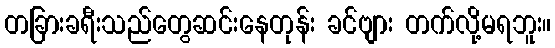
တခြားခရီးသည်တွေဆင်းနေတုန်း ခင်ဗျား တက်လို့မရဘူး။